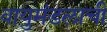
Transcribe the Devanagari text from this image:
वायुमंडलाची